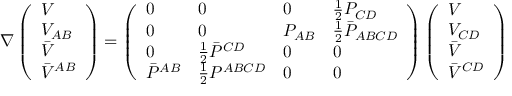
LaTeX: \nabla \left( \begin{array} { l } { { V } } \\ { { V _ { A B } } } \\ { { \bar { V } } } \\ { { \bar { V } ^ { A B } } } \end{array} \right) = \left( \begin{array} { l l l l } { { 0 } } & { { 0 } } & { { 0 } } & { { { \frac { 1 } { 2 } } P _ { C D } } } \\ { { 0 } } & { { 0 } } & { { P _ { A B } } } & { { { \frac { 1 } { 2 } } \bar { P } _ { A B C D } } } \\ { { 0 } } & { { { \frac { 1 } { 2 } } \bar { P } ^ { C D } } } & { { 0 } } & { { 0 } } \\ { { \bar { P } ^ { A B } } } & { { { \frac { 1 } { 2 } } P ^ { A B C D } } } & { { 0 } } & { { 0 } } \end{array} \right) \left( \begin{array} { l } { { V } } \\ { { V _ { C D } } } \\ { { \bar { V } } } \\ { { \bar { V } ^ { C D } } } \end{array} \right)